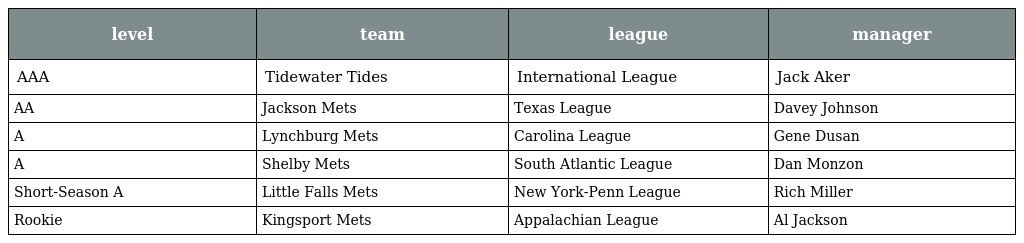
| level | team | league | manager |
 | --- | --- | --- | --- |
 | AAA | Tidewater Tides | International League | Jack Aker |
 | AA | Jackson Mets | Texas League | Davey Johnson |
 | A | Lynchburg Mets | Carolina League | Gene Dusan |
 | A | Shelby Mets | South Atlantic League | Dan Monzon |
 | Short-Season A | Little Falls Mets | New York-Penn League | Rich Miller |
 | Rookie | Kingsport Mets | Appalachian League | Al Jackson |